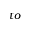
t o